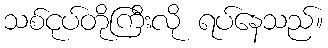
သစ်ငုပ်တိုကြီးလို ရပ်နေသည်။